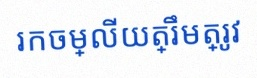
រកចម្លើយត្រឹមត្រូវ